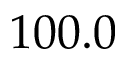
1 0 0 . 0